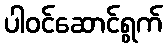
ပါဝင်ဆောင်ရွက်